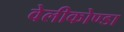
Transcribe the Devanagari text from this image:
वेलीकोण्डा